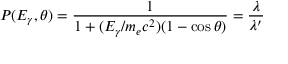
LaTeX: P ( E _ { \gamma } , \theta ) = { \frac { 1 } { 1 + ( E _ { \gamma } / m _ { e } c ^ { 2 } ) ( 1 - \cos \theta ) } } = { \frac { \lambda } { \lambda ^ { \prime } } }